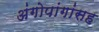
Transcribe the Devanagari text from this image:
अंगोपांगांसह